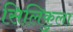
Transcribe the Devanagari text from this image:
सिलिकुला